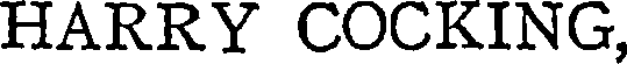
HARRY COCKING,